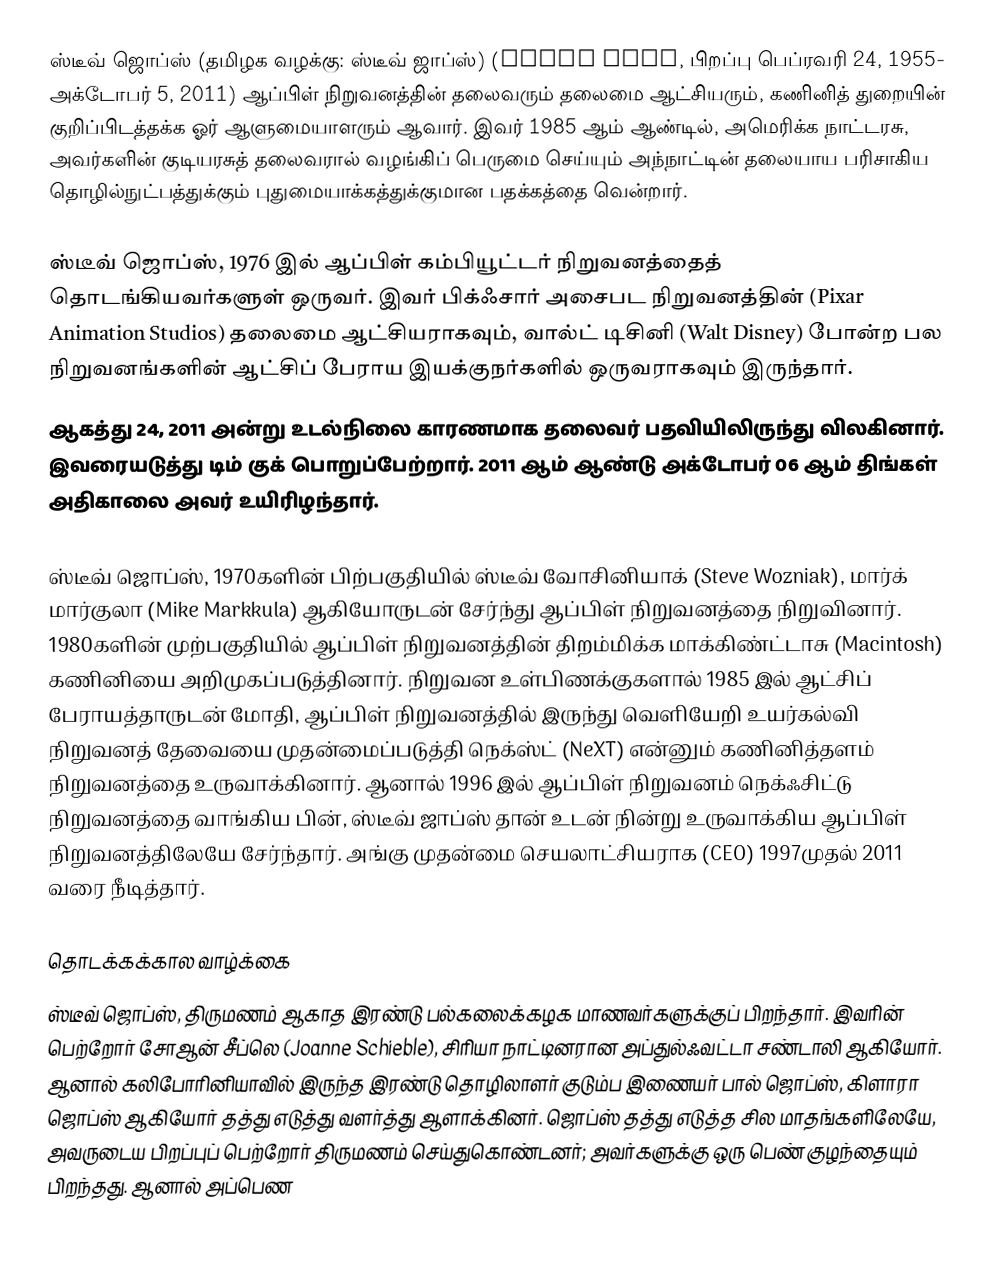
ஸ்டீவ் ஜொப்ஸ் (தமிழக வழக்கு: ஸ்டீவ் ஜாப்ஸ்) (Steve Jobs, பிறப்பு பெப்ரவரி 24, 1955- அக்டோபர் 5, 2011) ஆப்பிள் நிறுவனத்தின் தலைவரும் தலைமை ஆட்சியரும், கணினித் துறையின் குறிப்பிடத்தக்க ஓர் ஆளுமையாளரும் ஆவார். இவர் 1985 ஆம் ஆண்டில், அமெரிக்க நாட்டரசு, அவர்களின் குடியரசுத் தலைவரால் வழங்கிப் பெருமை செய்யும் அந்நாட்டின் தலையாய பரிசாகிய தொழில்நுட்பத்துக்கும் புதுமையாக்கத்துக்குமான பதக்கத்தை வென்றார்.

ஸ்டீவ் ஜொப்ஸ், 1976 இல் ஆப்பிள் கம்பியூட்டர் நிறுவனத்தைத் தொடங்கியவர்களுள் ஒருவர். இவர் பிக்ஃசார் அசைபட நிறுவனத்தின் (Pixar Animation Studios) தலைமை ஆட்சியராகவும், வால்ட் டிசினி (Walt Disney) போன்ற பல நிறுவனங்களின் ஆட்சிப் பேராய இயக்குநர்களில் ஒருவராகவும் இருந்தார்.
ஆகத்து 24, 2011 அன்று உடல்நிலை காரணமாக தலைவர் பதவியிலிருந்து விலகினார். இவரையடுத்து டிம் குக் பொறுப்பேற்றார்.  2011 ஆம் ஆண்டு அக்டோபர் 06 ஆம் திங்கள் அதிகாலை அவர் உயிரிழந்தார்.

ஸ்டீவ் ஜொப்ஸ்,  1970களின் பிற்பகுதியில் ஸ்டீவ் வோசினியாக் (Steve Wozniak), மார்க் மார்குலா (Mike Markkula) ஆகியோருடன் சேர்ந்து ஆப்பிள் நிறுவனத்தை நிறுவினார். 1980களின் முற்பகுதியில் ஆப்பிள் நிறுவனத்தின் திறம்மிக்க மாக்கிண்ட்டாசு (Macintosh) கணினியை அறிமுகப்படுத்தினார். நிறுவன உள்பிணக்குகளால் 1985 இல் ஆட்சிப் பேராயத்தாருடன் மோதி, ஆப்பிள் நிறுவனத்தில் இருந்து வெளியேறி உயர்கல்வி நிறுவனத் தேவையை முதன்மைப்படுத்தி நெக்ஸ்ட் (NeXT) என்னும் கணினித்தளம் நிறுவனத்தை உருவாக்கினார்.  ஆனால் 1996 இல் ஆப்பிள் நிறுவனம் நெக்ஃசிட்டு நிறுவனத்தை வாங்கிய பின், ஸ்டீவ் ஜாப்ஸ் தான் உடன் நின்று உருவாக்கிய ஆப்பிள் நிறுவனத்திலேயே சேர்ந்தார். அங்கு முதன்மை செயலாட்சியராக (CEO) 1997முதல் 2011 வரை நீடித்தார்.

தொடக்கக்கால வாழ்க்கை
ஸ்டீவ் ஜொப்ஸ், திருமணம் ஆகாத இரண்டு பல்கலைக்கழக மாணவர்களுக்குப் பிறந்தார். இவரின் பெற்றோர் சோஆன் சீப்லெ (Joanne Schieble), சிரியா நாட்டினரான அப்துல்ஃவட்டா சண்டாலி ஆகியோர். ஆனால் கலிபோரினியாவில் இருந்த இரண்டு தொழிலாளர் குடும்ப இணையர் பால் ஜொப்ஸ், கிளாரா ஜொப்ஸ் ஆகியோர் தத்து எடுத்து வளர்த்து ஆளாக்கினர். ஜொப்ஸ் தத்து எடுத்த சில மாதங்களிலேயே, அவருடைய பிறப்புப் பெற்றோர் திருமணம் செய்துகொண்டனர்; அவர்களுக்கு ஒரு பெண் குழந்தையும் பிறந்தது. ஆனால் அப்பெண